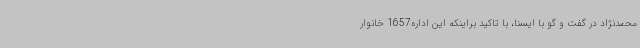
محمدنژاد در گفت و گو با ایسنا، با تاکید براینکه این اداره1657 خانوار